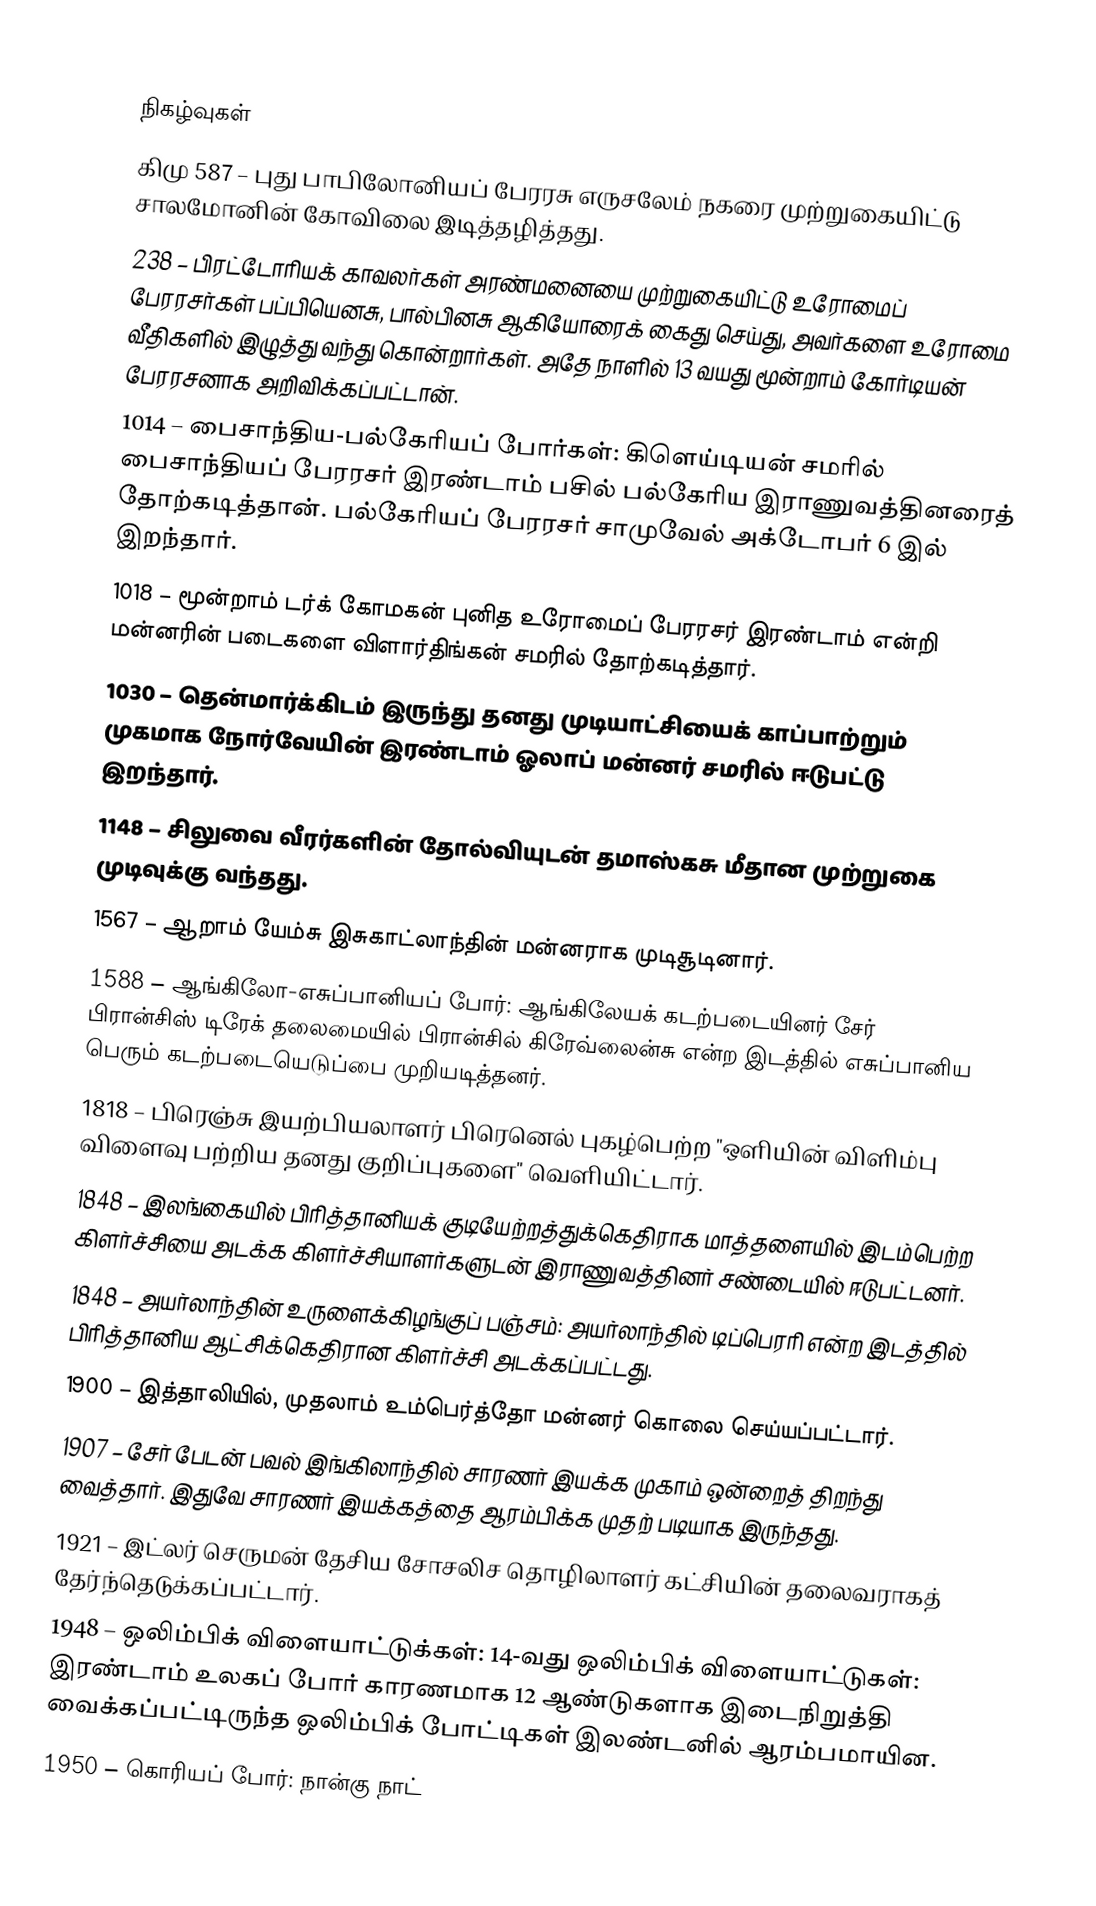

நிகழ்வுகள்
கிமு 587 – புது பாபிலோனியப் பேரரசு எருசலேம் நகரை முற்றுகையிட்டு சாலமோனின் கோவிலை இடித்தழித்தது.
238 – பிரட்டோரியக் காவலர்கள் அரண்மனையை முற்றுகையிட்டு உரோமைப் பேரரசர்கள் பப்பியெனசு, பால்பினசு ஆகியோரைக் கைது செய்து, அவர்களை உரோமை வீதிகளில் இழுத்து வந்து கொன்றார்கள். அதே நாளில் 13 வயது மூன்றாம் கோர்டியன் பேரரசனாக அறிவிக்கப்பட்டான்.
1014 – பைசாந்திய-பல்கேரியப் போர்கள்: கிளெய்டியன் சமரில் பைசாந்தியப் பேரரசர் இரண்டாம் பசில் பல்கேரிய இராணுவத்தினரைத் தோற்கடித்தான். பல்கேரியப் பேரரசர் சாமுவேல் அக்டோபர் 6 இல் இறந்தார்.
1018 – மூன்றாம் டர்க் கோமகன் புனித உரோமைப் பேரரசர் இரண்டாம் என்றி மன்னரின் படைகளை விளார்திங்கன் சமரில் தோற்கடித்தார்.
1030 – தென்மார்க்கிடம் இருந்து தனது முடியாட்சியைக் காப்பாற்றும் முகமாக நோர்வேயின் இரண்டாம் ஓலாப் மன்னர் சமரில் ஈடுபட்டு இறந்தார்.
1148 – சிலுவை வீரர்களின் தோல்வியுடன் தமாஸ்கசு மீதான முற்றுகை முடிவுக்கு வந்தது.
1567 – ஆறாம் யேம்சு இசுகாட்லாந்தின் மன்னராக முடிசூடினார்.
1588 – ஆங்கிலோ-எசுப்பானியப் போர்: ஆங்கிலேயக் கடற்படையினர் சேர் பிரான்சிஸ் டிரேக் தலைமையில் பிரான்சில் கிரேவ்லைன்சு என்ற இடத்தில் எசுப்பானிய பெரும் கடற்படையெடுப்பை முறியடித்தனர்.
1818 – பிரெஞ்சு இயற்பியலாளர் பிரெனெல் புகழ்பெற்ற "ஒளியின் விளிம்பு விளைவு பற்றிய தனது குறிப்புகளை" வெளியிட்டார்.
1848 – இலங்கையில் பிரித்தானியக் குடியேற்றத்துக்கெதிராக மாத்தளையில் இடம்பெற்ற கிளர்ச்சியை அடக்க கிளர்ச்சியாளர்களுடன் இராணுவத்தினர் சண்டையில் ஈடுபட்டனர்.
1848 – அயர்லாந்தின் உருளைக்கிழங்குப் பஞ்சம்: அயர்லாந்தில் டிப்பெரரி என்ற இடத்தில் பிரித்தானிய ஆட்சிக்கெதிரான கிளர்ச்சி அடக்கப்பட்டது.
1900 – இத்தாலியில், முதலாம் உம்பெர்த்தோ மன்னர் கொலை செய்யப்பட்டார்.
1907 – சேர் பேடன் பவல் இங்கிலாந்தில் சாரணர் இயக்க முகாம் ஒன்றைத் திறந்து வைத்தார். இதுவே சாரணர் இயக்கத்தை ஆரம்பிக்க முதற் படியாக இருந்தது.
1921 – இட்லர் செருமன் தேசிய சோசலிச தொழிலாளர் கட்சியின் தலைவராகத் தேர்ந்தெடுக்கப்பட்டார்.
1948 – ஒலிம்பிக் விளையாட்டுக்கள்: 14-வது ஒலிம்பிக் விளையாட்டுகள்: இரண்டாம் உலகப் போர் காரணமாக 12 ஆண்டுகளாக இடைநிறுத்தி வைக்கப்பட்டிருந்த ஒலிம்பிக் போட்டிகள் இலண்டனில் ஆரம்பமாயின.
1950 – கொரியப் போர்: நான்கு நாட்